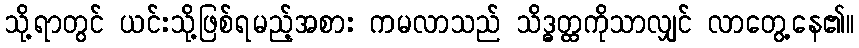
သို့ရာတွင် ယင်းသို့ဖြစ်ရမည့်အစား ကမလာသည် သိဒ္ဓတ္ထကိုသာလျှင် လာတွေ့နေ၏။